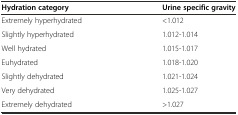
<table><thead><tr><td><b>Hydration category</b></td><td><b>Urine specific gravity</b></td></tr></thead><tbody><tr><td>Extremely hyperhydrated</td><td>&lt;1.012</td></tr><tr><td>Slightly hyperhydrated</td><td>1.012-1.014</td></tr><tr><td>Well hydrated</td><td>1.015-1.017</td></tr><tr><td>Euhydrated</td><td>1.018-1.020</td></tr><tr><td>Slightly dehydrated</td><td>1.021-1.024</td></tr><tr><td>Very dehydrated</td><td>1.025-1.027</td></tr><tr><td>Extremely dehydrated</td><td>&gt;1.027</td></tr></tbody></table>